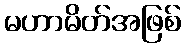
မဟာမိတ်အဖြစ်